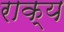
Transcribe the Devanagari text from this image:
राक्य